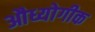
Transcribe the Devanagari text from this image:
औध्योगीक